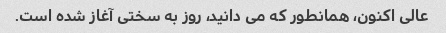
عالی اکنون، همانطور که می دانید، روز به سختی آغاز شده است.